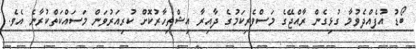
ބޯޑު އުފެއްދެވުމާ ގުޅިގެން ރާއްޖޭގެ މަސްވެރިކަމުގެ ދާއިރާ އިޝްތިހާރުކޮށް ކުރިއަރުވަން މަސައްކަތްކުރާނެ އެވެ.